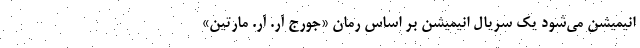
انیمیشن می‌شود یک سریال انیمیشن بر اساس رمان «جورج آر. آر. مارتین»